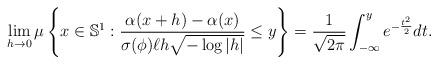
LaTeX: \begin{align*}\lim_{h\to 0} \mu \left\{x \in \mathbb{S}^1 :\frac{\alpha(x+h)-\alpha(x)}{\sigma(\phi) \ell h\sqrt{-\log |h|}} \le y\right\} = \frac{1}{\sqrt{2\pi}} \int_{-\infty}^{y} e^{-\frac{t^2}{2}} dt.\end{align*}